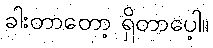
ခါးတာတော့ ရှိတာပေ့ါ။